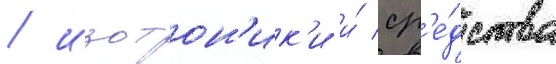
/ изотон'ик'и и́ ср'е́дства